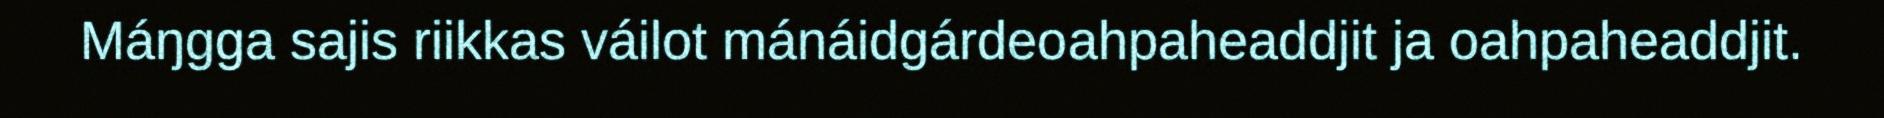
Máŋgga sajis riikkas váilot mánáidgárdeoahpaheaddjit ja oahpaheaddjit.